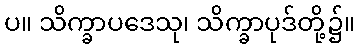
ပ။ သိက္ခာပဒေသု၊ သိက္ခာပုဒ်တို့၌။